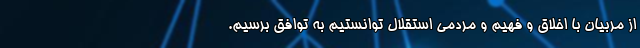
از مربیان با اخلاق و فهیم و مردمی استقلال توانستیم به توافق برسیم.